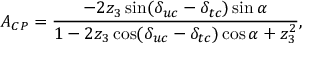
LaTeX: A _ { C P } = \frac { - 2 z _ { 3 } \sin ( \delta _ { u c } - \delta _ { t c } ) \sin \alpha } { 1 - 2 z _ { 3 } \cos ( \delta _ { u c } - \delta _ { t c } ) \cos \alpha + z _ { 3 } ^ { 2 } } ,